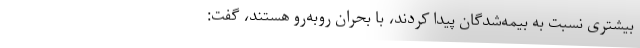
بیشتری نسبت به بیمه‌شدگان پیدا کردند، با بحران روبه‌رو هستند، گفت: